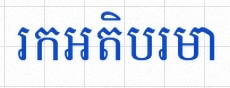
រកអតិបរមា